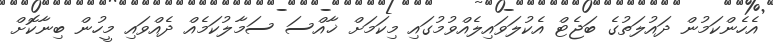
އެހެންކަމުން ދައުލަތުގެ ބަޖެޓް އެކުލަވައިލެއްވުމުގައި މިކަމަށް ޚާއްސަ ސަމާލުކަމެއް ދެއްވައި މީހުން ބިނާކޮށް